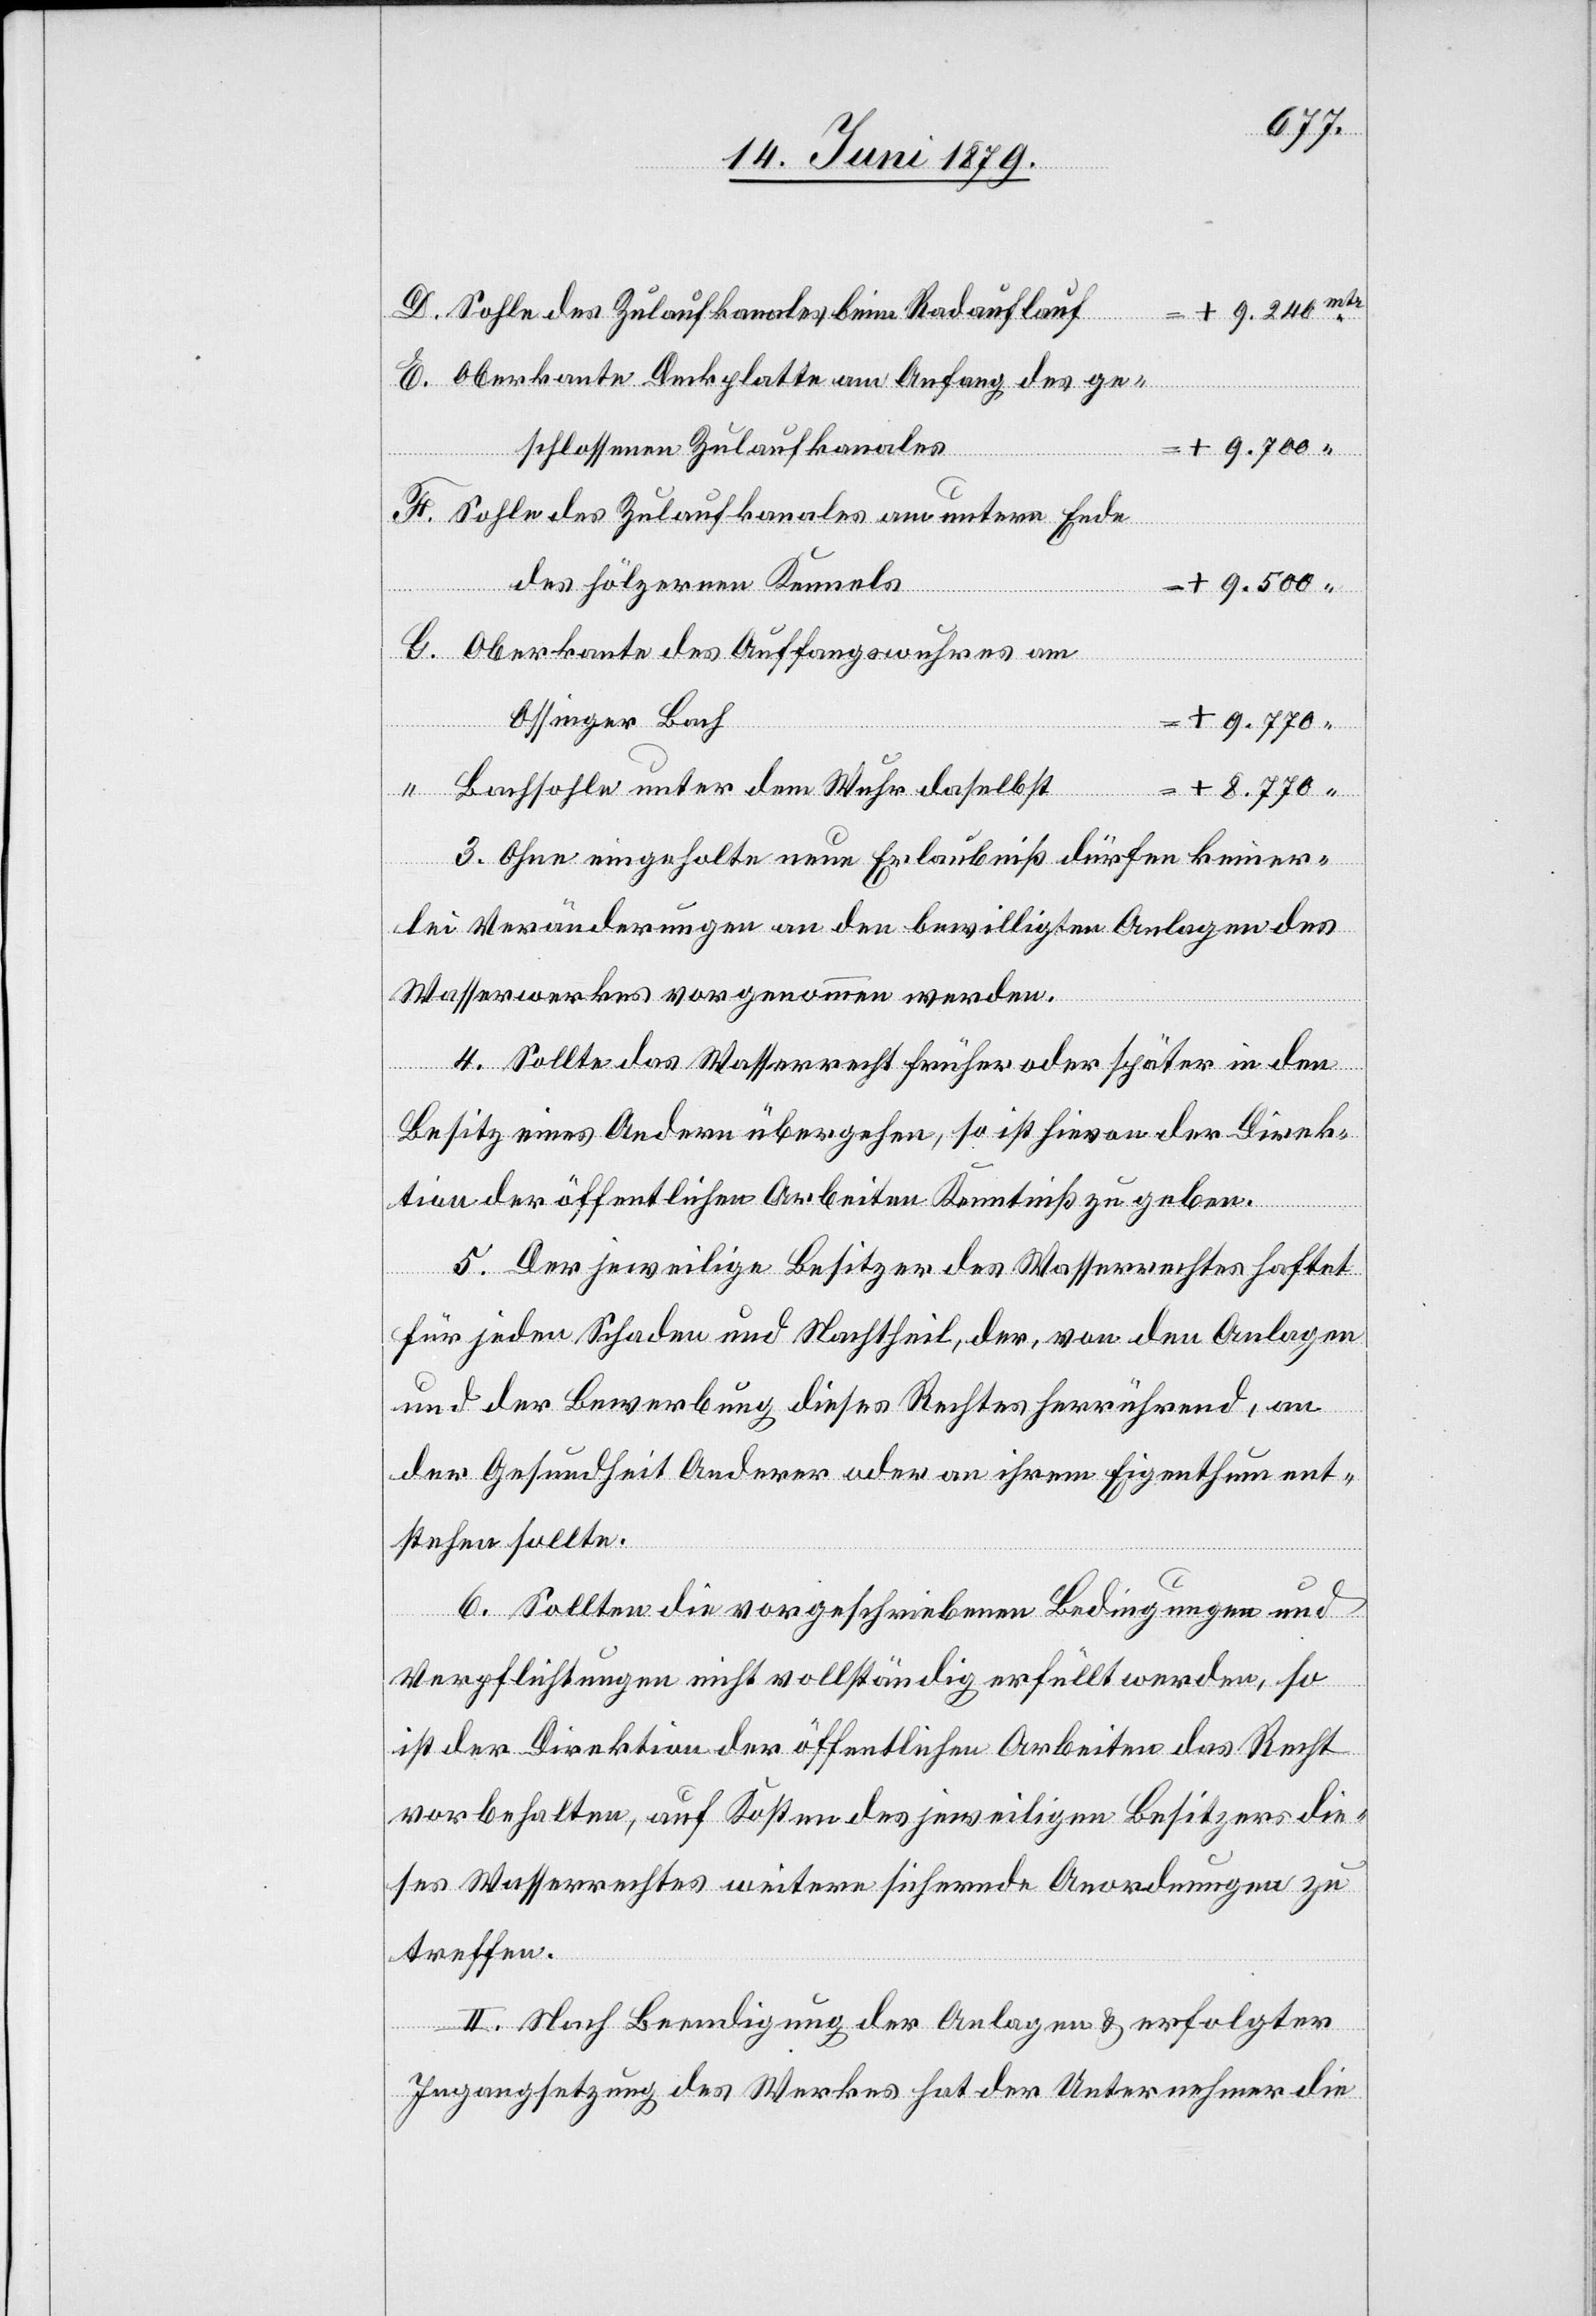
+8.770
Sohle des Zulaufkanales beim Radauflauf
Oberkante Deckplatte am Anfang des ge¬
schlossenen Zulaufkanales
Sohle des Zulaufkanales am untern Ende
des hölzernen Kennels
+9.500
Oberkante des Auffangswuhres am
D.
Ossinger Bach
+9.770
Bachsohle unter dem Wuhr daselbst
3. Ohne eingeholte neue Erlaubniß dürfen keiner¬
lei Veränderungen an den bewilligten Anlagen des
Wasserwerkes vorgenommen werden.
4. Sollte das Wasserrecht früher oder später in den
Besitz eines Andern übergehen, so ist hievon der Direk¬
tion der öffentlichen Arbeiten Kenntniß zu geben.
5. Der jeweilige Besitzer des Wasserrechtes haftet
für jeden Schaden und Nachtheil, der, von den Anlagen
und der Bewerbung dieses Rechtes herrührend, an
der Gesundheit Anderer oder an ihrem Eigenthum ent¬
stehen sollte.
6. Sollten die vorgeschriebenen Bedingungen und
Verpflichtungen nicht vollständig erfüllt werden, so
ist der Direktion der öffentlichen Arbeiten das Recht
vorbehalten, auf Kosten des jeweiligen Besitzers die¬
ses Wasserrechtes weitere sichernde Anordnungen zu
treffen.
II. Nach Beendigung der Anlagen & erfolgter
Ingangsetzung des Werkes hat der Unternehmer die